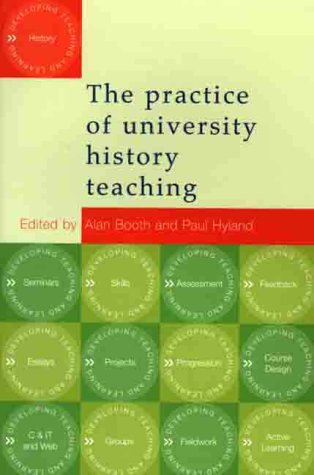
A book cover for The Practice of University History Teaching; History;